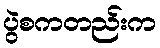
ပွဲစကတည်းက